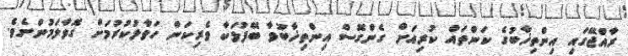
ރާއްޖޭގައި އިންތިޚާބުގެ ކަންތައް ކުރިއަށް ގެންގޮސް އިންތިޚާބުވާ ބޭފުޅަކާ ވެރިކަން ހަވާލުކުރުމަށް ގޮވާލަމުންނެވެ.